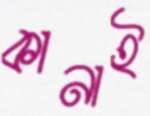
কানাই